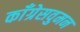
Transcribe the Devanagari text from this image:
काँग्रेसवुमन